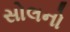
સોલનો